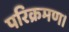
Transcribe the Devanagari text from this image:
परिक्रमण।